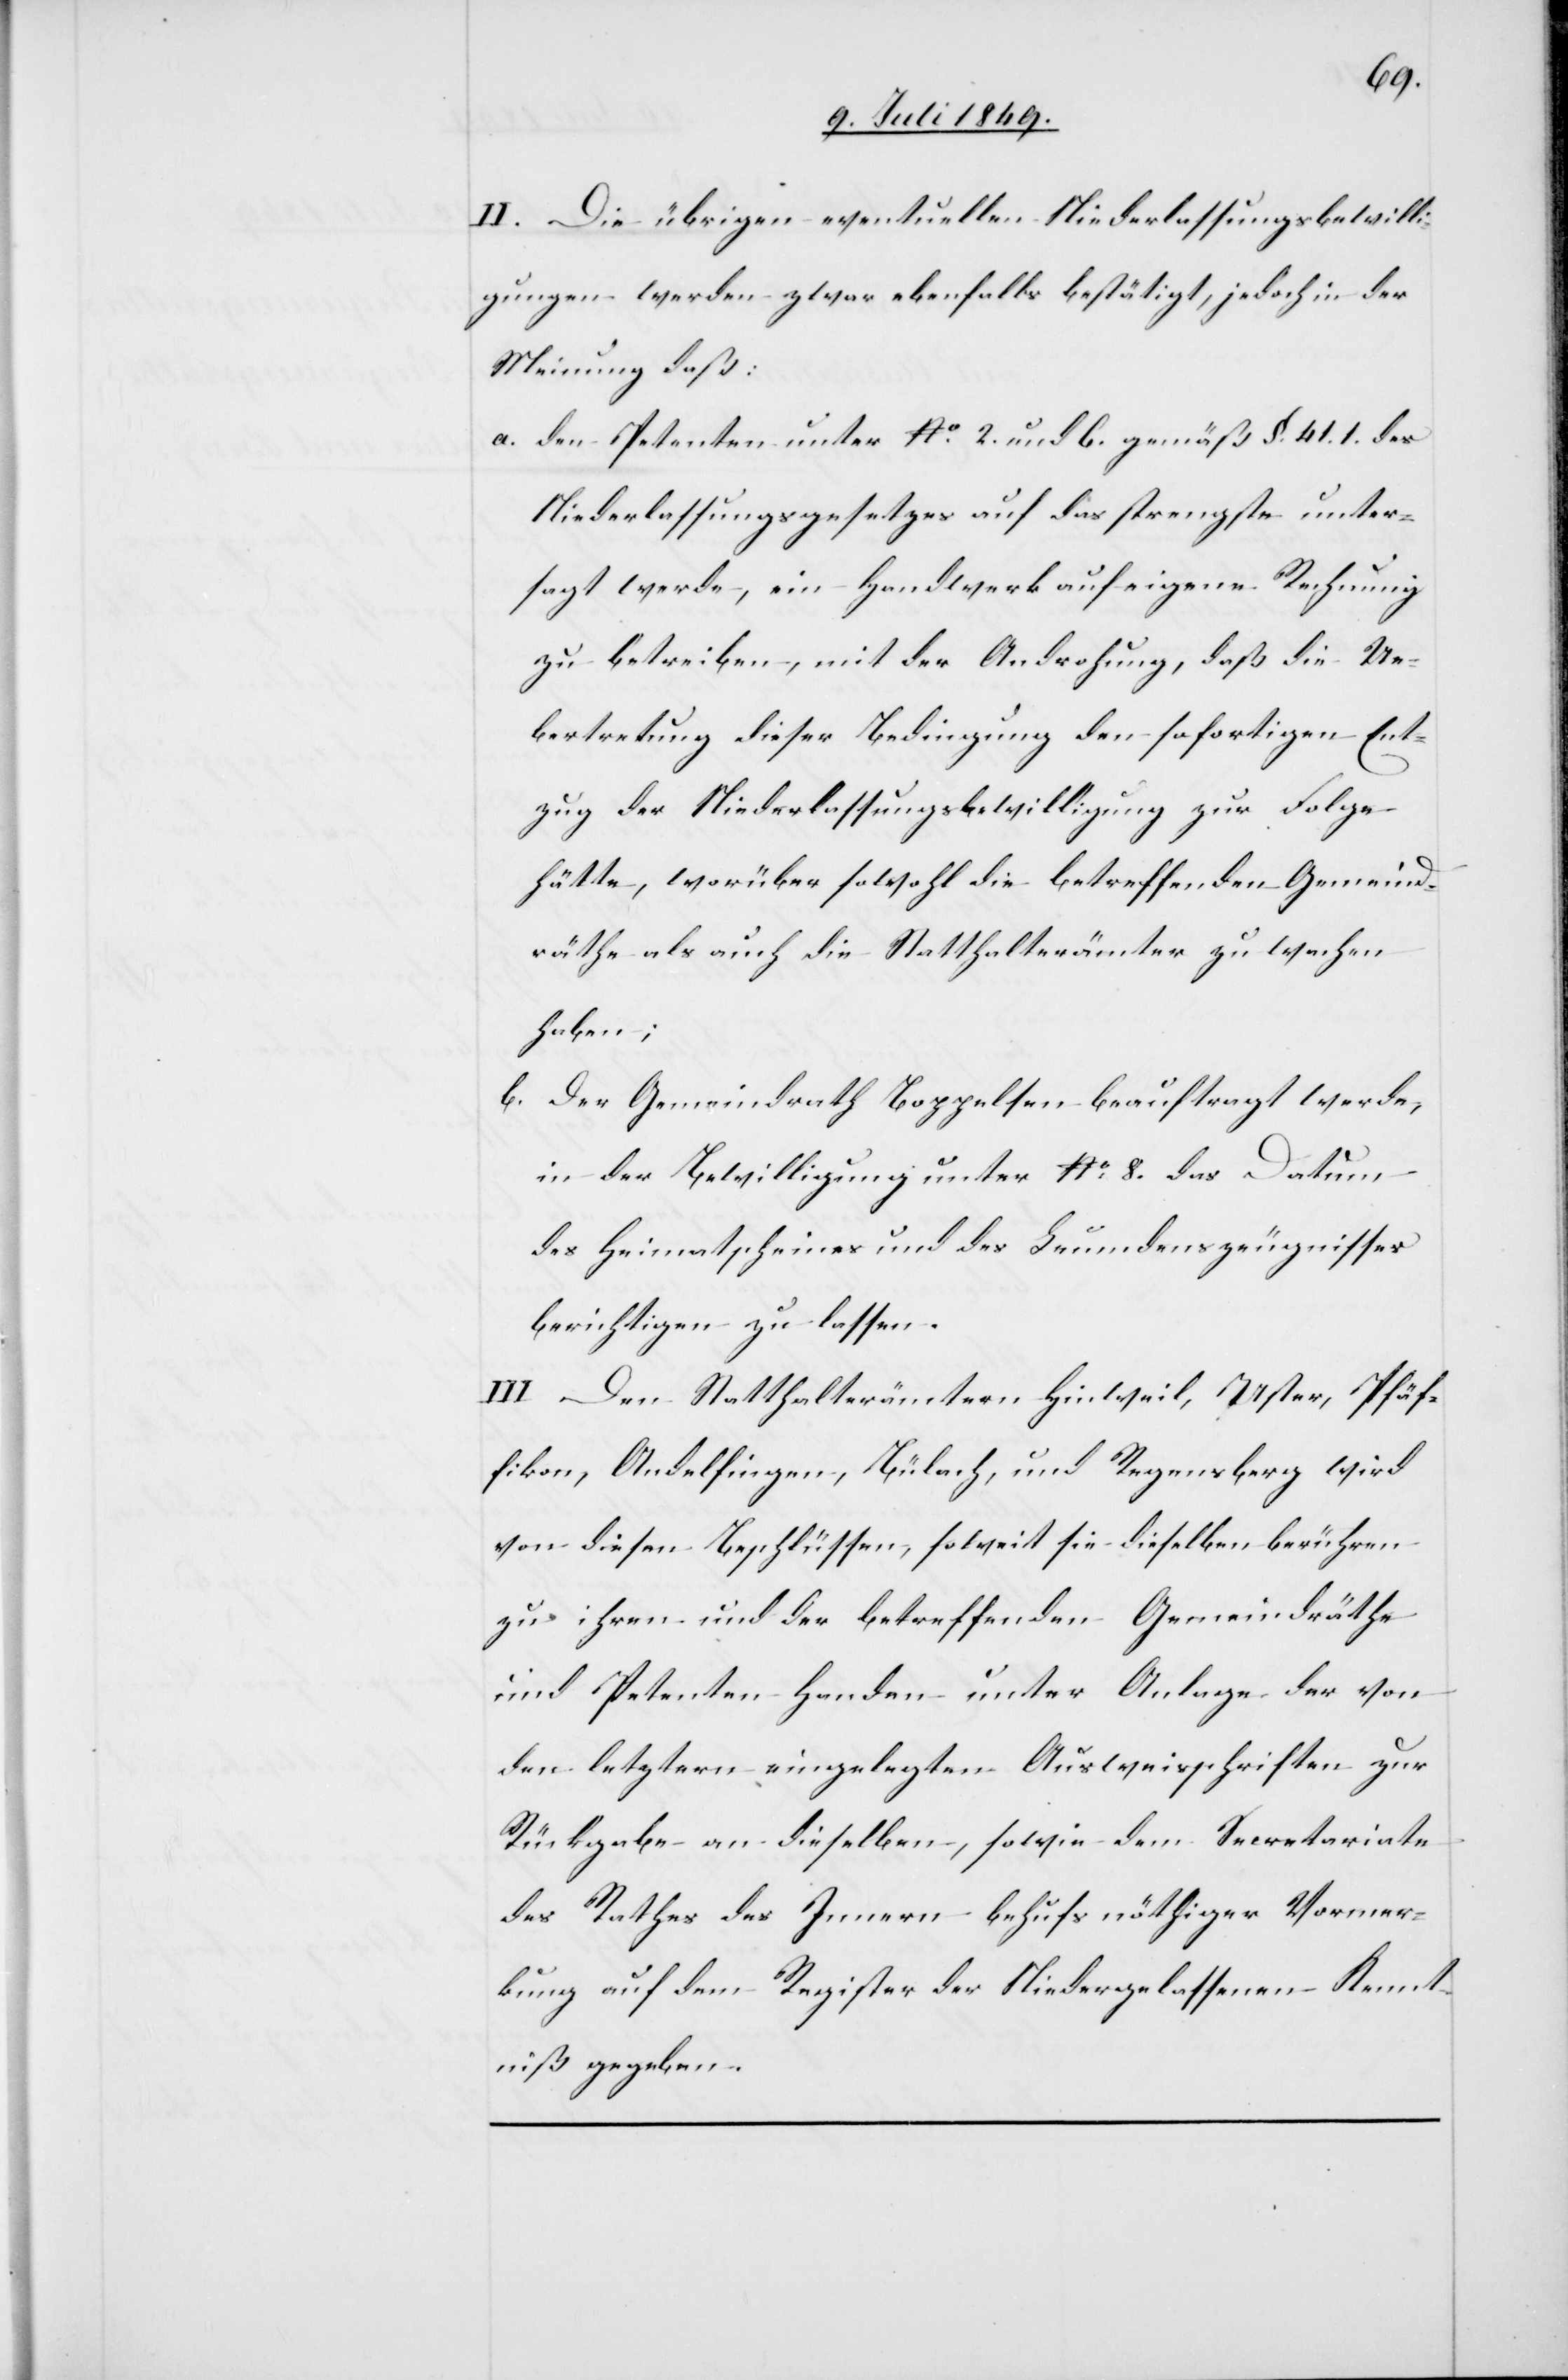
II. Die übrigen eventuellen Niederlassungsbewilli¬
gungen werden zwar ebenfalls bestätigt, jedoch in der
Meinung daß:
a. den Petenten unter No. 2. und 6. gemäß §. 41.1. des
Niederlassungsgesetzes auf das strengste unter¬
sagt werde, ein Handwerk auf eigene Rechnung
zu betreiben, mit der Androhung, daß die Ue¬
bertretung dieser Bedingung den sofortigen Ent¬
zug der Niederlassungsbewilligung zur Folge
hätte, worüber sowohl die betreffenden Gemeind¬
räthe als auch die Statthalterämter zu wachen
haben;
b. Der Gemeindrath Boppelsen beauftragt werde,
in der Bewilligung unter No. 8. das Datum
des Heimatscheines und des Leumdenszeugnisses
berichtigen zu lassen.
III. Den Statthalterämtern Hinweil, Uster, Pfäf¬
fikon, Andelfingen, Bülach, und Regensberg wird
von diesen Beschlüssen, soweit sei dieselben berühren
zu ihren und der betreffenden Gemeindräthe
und Petenten Handen unter Anlage der von
den letztern eingelegten Ausweisschriften zur
Rückgabe an dieselben, sowie dem Secretariate
des Rathes des Innern behufs nöthiger Vormer¬
kung auf dem Register der Niedergelassenen Kennt¬
niß gegeben.